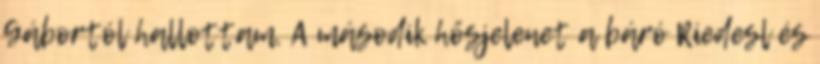
Gábortól hallottam. A második hősjelenet a báró Riedesl és